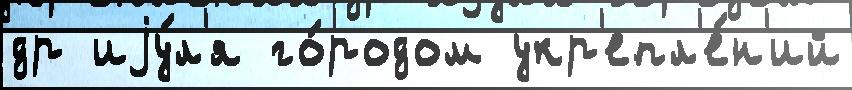
др иjу́л'я го́родом укр'епл'е́н'ий